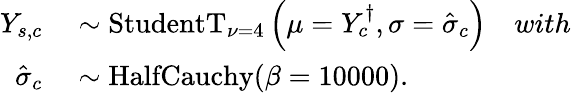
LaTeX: \begin{array}{rl}{Y_{s,c}}&{{}\sim\mathrm{StudentT}_{\nu=4}\left(\mu=Y_{c}^{\dagger},\sigma=\hat{\sigma}_{c}\right)\quad with}\\ {\hat{\sigma}_{c}}&{{}\sim\mathrm{HalfCauchy}(\beta=10000).}\end{array}